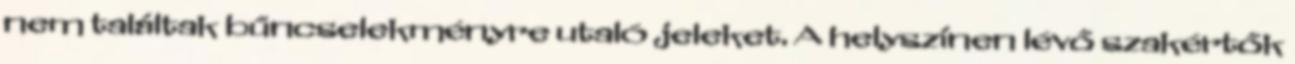
nem találtak bűncselekményre utaló jeleket. A helyszínen lévő szakértők